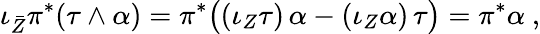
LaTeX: \iota_{\bar{Z}}\pi^{*}(\tau\wedge\alpha)=\pi^{*}\bigl((\iota_{Z}\tau)\, \alpha-(\iota_{Z}\alpha)\, \tau\bigr)=\pi^{*}\alpha\ ,